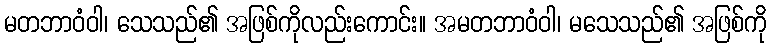
မတဘာဝံဝါ၊ သေသည်၏ အဖြစ်ကိုလည်းကောင်း။ အမတဘာဝံဝါ၊ မသေသည်၏ အဖြစ်ကို